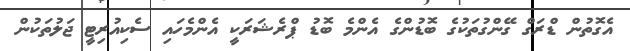
އެގޮތުން ޑްރަގް ގޭންގުތަކުގެ ބޮޑުންގެ އެންމެ ބޮޑު ޕްރެޝަރަކީ އެންމެހައި ސެކިއުރިޓީ ޖަލުތަކުން